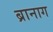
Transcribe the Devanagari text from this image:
ब्रानाग